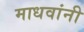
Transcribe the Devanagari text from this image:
माधवांनी